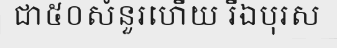
ជា៥០សំនួរហើយ រីឯបុរស